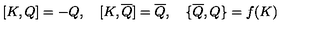
{ [ } K , Q { ] } = - Q , \quad { [ } K , \overline { { Q } } { ] } = \overline { { Q } } , \quad { \{ } \overline { { Q } } , Q { \} } = f ( K )